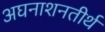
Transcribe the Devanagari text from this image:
अघनाशनतीर्थ